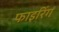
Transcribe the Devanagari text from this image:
फाइरिंग